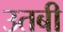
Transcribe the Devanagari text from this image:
उतबी